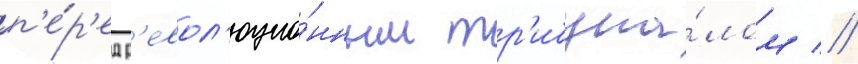
п'е́р'ед р'евол'юцио́нным тр'ибуна́лом //